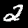
Label: 2